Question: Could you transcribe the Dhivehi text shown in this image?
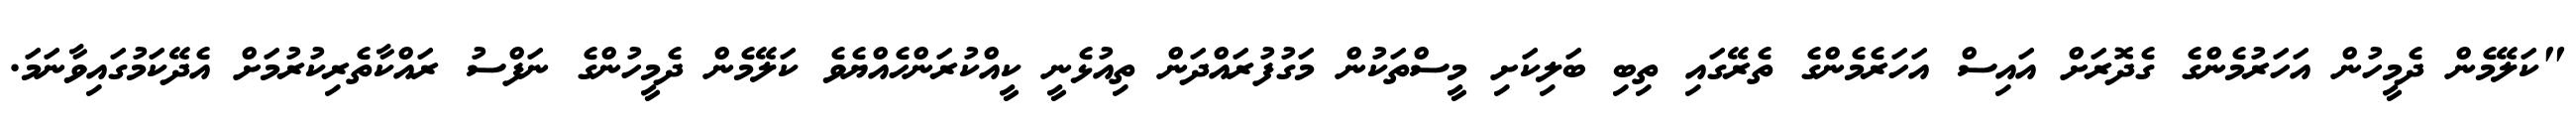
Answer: "ކަލޭމެން ދެމީހުން އަހަރުމެންގެ ގެދޮރަށް އައިސް އަހަރެމެންގެ ތެރޭގައި ތިބި ބަލިކަށި މީސްތަކުން މަގުފުރައްދަން ތިއުޅެނީ ކީއްކުރަންހެއްޔެވެ ކަލޭމެން ދެމީހުންގެ ނަފްސު ރައްކާތެރިކުރުމަށް އެދޭކަމުގައިވާނަމަ.